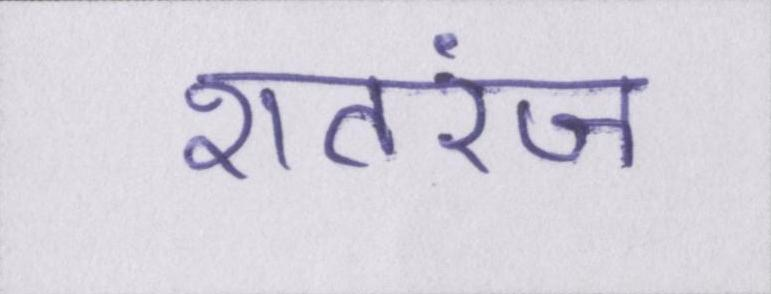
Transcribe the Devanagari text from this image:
शतरंज